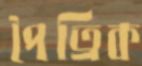
পৈত্রিক